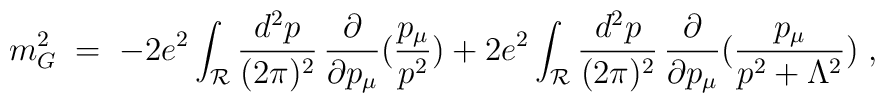
m^2_G\;=\; - 2 e^2 \int_{{\mathcal R}} \frac{d^2p}{(2\pi)^2}\,\frac{\partial}{\partial p_\mu} (\frac{p_\mu}{p^2}) + 2 e^2  \int_{{\mathcal R}} \frac{d^2p}{(2\pi)^2}\,\frac{\partial}{\partial p_\mu} (\frac{p_\mu}{p^2+\Lambda^2})\;,